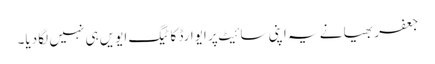
جعفر بھیا نے یہ اپنی سائیٹ پر ایوارڈ کا ٹیگ ایویں ہی نہیں لگا دیا۔